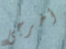
أخرجى